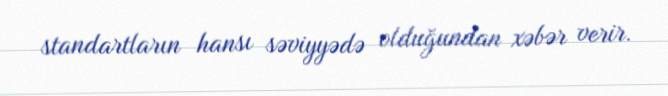
standartların hansı səviyyədə olduğundan xəbər verir.